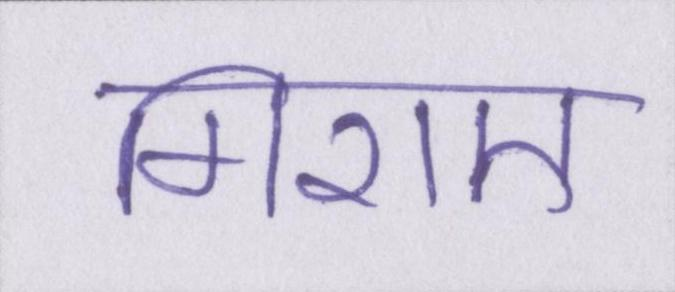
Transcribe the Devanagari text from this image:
गिराए